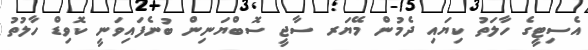
އެސިޓީގެ ހާލަތު ކިޔައި ދެމުން މޭޔަރ ސާޖީ ސޮބްޔަނިން ބުނެފައިވަނީ ކޮވިޑް ހާލުތު